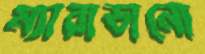
ম্যারাডানো